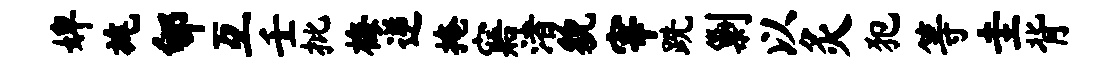
婢旄郇互壬批梅逆掩寤渚貌宰跣剿以灸犯等圭背